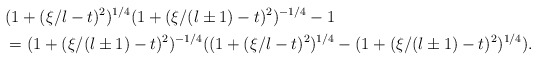
\begin{align*} & (1+(\xi/l-t)^2)^{1/4}(1+(\xi/(l\pm 1)-t)^2)^{-1/4}-1\\ &= (1+(\xi/(l\pm 1)-t)^2)^{-1/4} ((1+(\xi/l-t)^2)^{1/4}- (1+(\xi/(l\pm 1)-t)^2)^{1/4}). \end{align*}